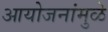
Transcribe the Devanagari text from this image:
आयोजनांमुळे